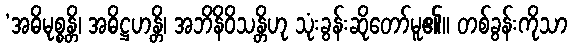
‘အဓိမုစ္စန္တိ၊ အဓိဋ္ဌဟန္တိ၊ အဘိနိဝိသန္တိဟု သုံးခွန်းဆိုတော်မူ၏။ တစ်ခွန်းကိုသာ